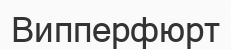
Випперфюрт